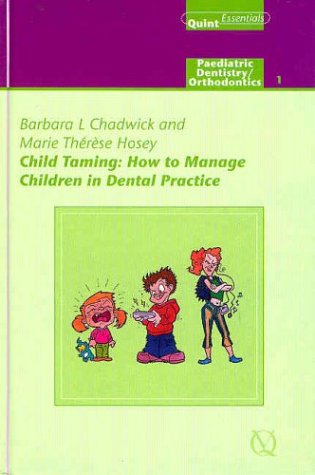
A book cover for Child Taming: How to Cope with Children in Dental Practice (Quintessentials of Dental Practice); Marie Therese Hosey; Medical Books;